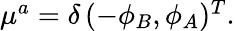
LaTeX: \begin{array}{r}{{\mu}^{a}=\delta\, (-\phi_{B},\phi_{A})^{T}.}\end{array}